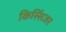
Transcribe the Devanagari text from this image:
किस्सिंजर